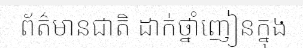
ព័ត៌មានជាតិ ដាក់ថ្នាំញៀនក្នុង